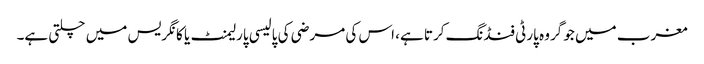
مغرب میں جو گروہ پارٹی فنڈنگ کرتا ہے، اس کی مرضی کی پالیسی پارلیمنٹ یا کانگریس میں چلتی ہے۔